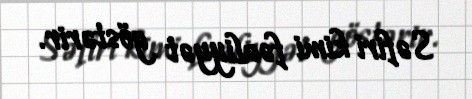
Səfiri kimi fəaliyyət göstərir.